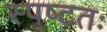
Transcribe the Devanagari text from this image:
स्पष्‍टतः